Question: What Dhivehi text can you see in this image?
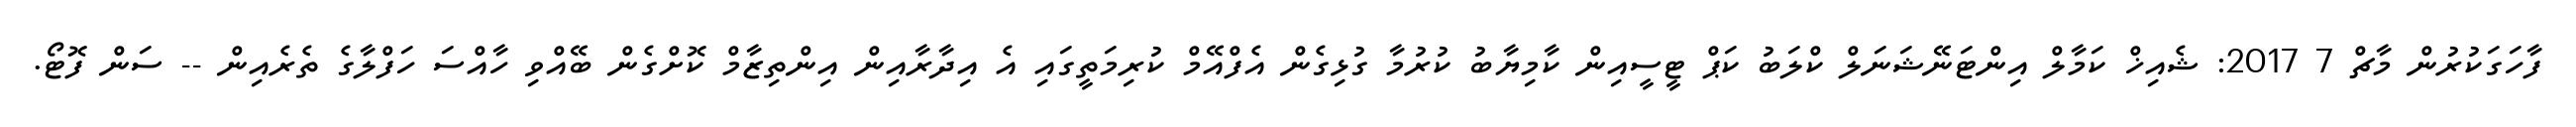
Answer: ފާހަގަކުރުން މާޗް 7 2017: ޝެއިޚް ކަމާލް އިންޓަނޭޝަނަލް ކްލަބު ކަޕް ޓީސީއިން ކާމިޔާބު ކުރުމާ ގުޅިގެން އެފްއޭމް ކުރިމަތީގައި އެ އިދާރާއިން އިންތިޒާމް ކޮށްގެން ބޭއްވި ހާއްސަ ހަފްލާގެ ތެރެއިން -- ސަން ފޮޓޯ.